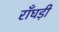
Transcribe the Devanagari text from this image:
राँघड़ी